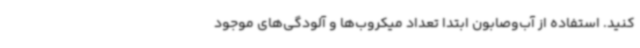
کنید. استفاده از آب‌وصابون ابتدا تعداد میکروب‌ها و آلودگی‌های موجود